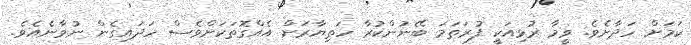
ކަމަށް ހަދާށެވެ. ވީމާ ރުޅިއަކީ ފުރަތަމަ ބޭނުންކުރާ ހަތިޔާރަށް އެއްގޮތަކަށްވެސް ހަދައިގެން ނުވާނެއެވެ.